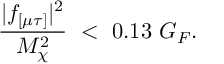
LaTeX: { \frac { | f _ { [ \mu \tau ] } | ^ { 2 } } { M _ { \chi } ^ { 2 } } } \ < \ 0 . 1 3 \ G _ { F } .